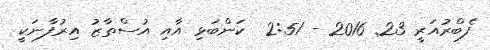
ފެބްރުއަރީ 23